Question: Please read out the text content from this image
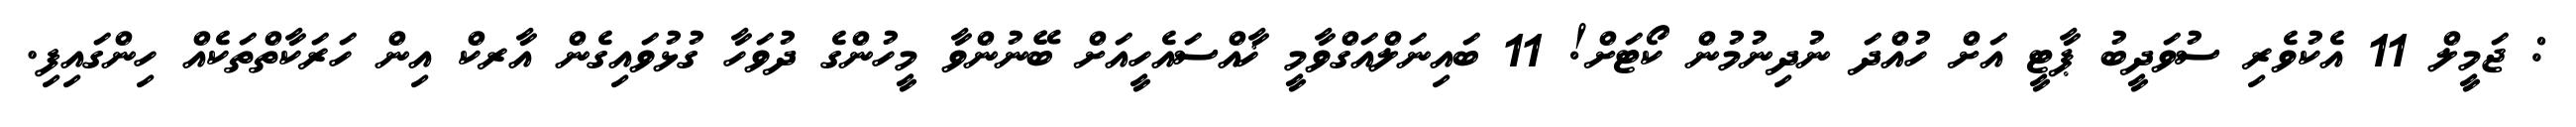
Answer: : ޖަމީލް 11 އެކުވެރި ސުވަދީބު ޕާޓީ އަށް ހުއްދަ ނުދިނުމުން ކޯޓަށް! 11 ބައިނަލްއަގްވާމީ ޚާއްސައެހީއަށް ބޭނުންވާ މީހުންގެ ދުވަހާ ގުޅުވައިގެން އާރކް އިން ހަރަކާތްތަކެއް ހިންގައިފި.